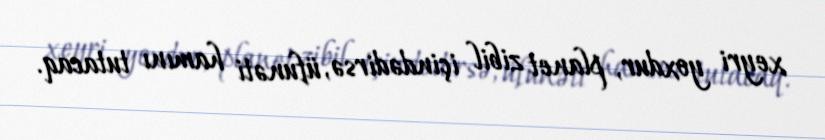
xeyri yoxdur, planet zibil içindədirsə, üfunəti hamını tutacaq.